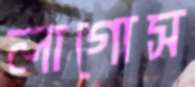
লাগোস